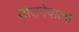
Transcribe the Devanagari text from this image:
तोड़नेवाला